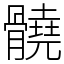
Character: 髐